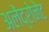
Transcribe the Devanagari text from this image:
अलेंद्रोनेट